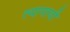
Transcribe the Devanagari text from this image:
त्यापायी